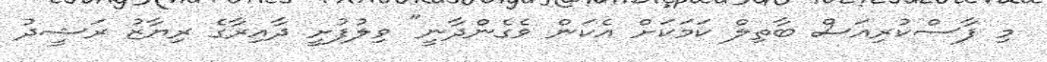
މި ފާސްކުރިއަސް ބާތިލް ކަމަކަށް އެކަން ވެގެންދާނީ" ވިލުފުށީ ދާއިރާގެ ރިޔާޒު ރަޝީދު